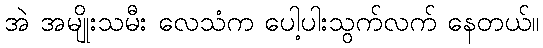
အဲ အမျိုးသမီး လေသံက ပေါ့ပါးသွက်လက် နေတယ်။